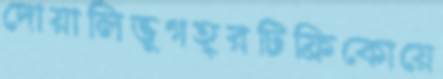
দোয়ালিভূগহ্বরটিফ্রিকোয়ে